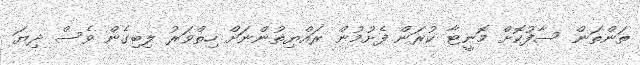
ތަންތަން ސާފުކޮށް މޮނީޓާ ކުރަން ފެށުމުން ރައްޔިތުންނަަށް ހިތްވަރު ލިބިގެން ވެސް ދިޔަ